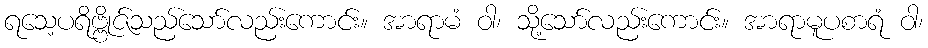
ရသေ့ပရိဗ္ဗိုဇ်သည်သော်လည်းကောင်း။ အာရာမံ ဝါ၊ သို့သော်လည်းကောင်း။ အာရာမူပစာရံ ဝါ၊